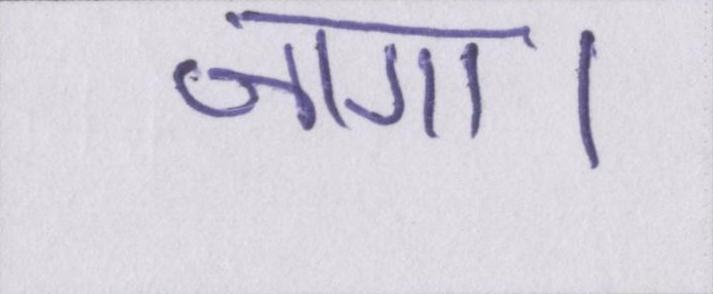
जागा।